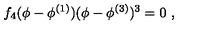
f _ { 4 } ( \phi - \phi ^ { ( 1 ) } ) ( \phi - \phi ^ { ( 3 ) } ) ^ { 3 } = 0 \ ,